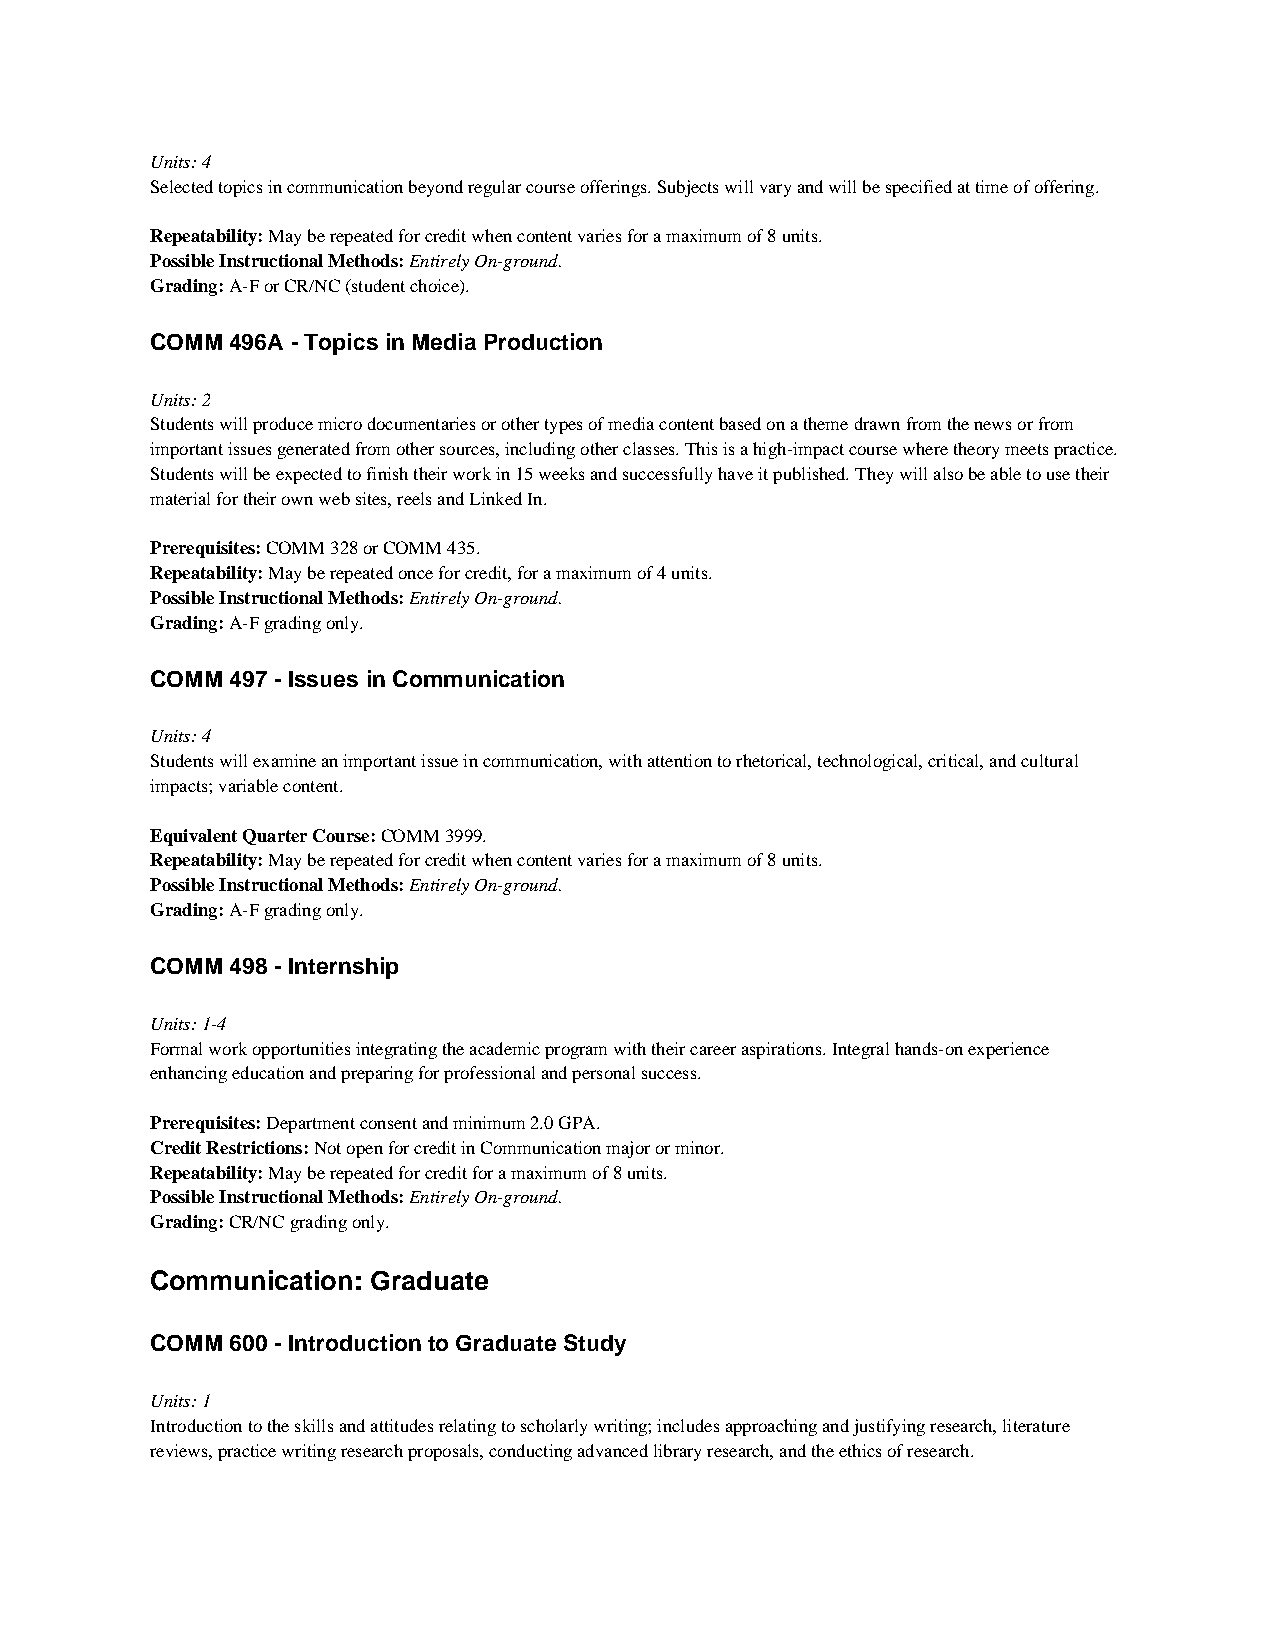
Units: 4
 Selected topics in communication beyond regular course offerings. Subjects will vary and will be specified at time of offering.
 Repeatability: May be repeated for credit when content varies for a maximum of 8 units.
 Possible Instructional Methods: Entirely On-ground.
 Grading: A-F or CR/NC (student choice).
 COMM 496A - Topics in Media Production
 Units: 2
 Students will produce micro documentaries or other types of media content based on a theme drawn from the news or from
 important issues generated from other sources, including other classes. This is a high-impact course where theory meets practice.
 Students will be expected to finish their work in 15 weeks and successfully have it published. They will also be able to use their
 material for their own web sites, reels and Linked In.
 Prerequisites: COMM 328 or COMM 435.
 Repeatability: May be repeated once for credit, for a maximum of 4 units.
 Possible Instructional Methods: Entirely On-ground.
 Grading: A-F grading only.
 COMM 497 - Issues in Communication
 Units: 4
 Students will examine an important issue in communication, with attention to rhetorical, technological, critical, and cultural
 impacts; variable content.
 Equivalent Quarter Course: COMM 3999.
 Repeatability: May be repeated for credit when content varies for a maximum of 8 units.
 Possible Instructional Methods: Entirely On-ground.
 Grading: A-F grading only.
 COMM 498 - Internship
 Units: 1-4
 Formal work opportunities integrating the academic program with their career aspirations. Integral hands-on experience
 enhancing education and preparing for professional and personal success.
 Prerequisites: Department consent and minimum 2.0 GPA.
 Credit Restrictions: Not open for credit in Communication major or minor.
 Repeatability: May be repeated for credit for a maximum of 8 units.
 Possible Instructional Methods: Entirely On-ground.
 Grading: CR/NC grading only.
 Communication: Graduate
 COMM 600 - Introduction to Graduate Study
 Units: 1
 Introduction to the skills and attitudes relating to scholarly writing; includes approaching and justifying research, literature
 reviews, practice writing research proposals, conducting advanced library research, and the ethics of research.